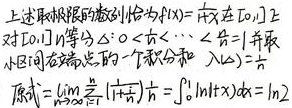
上述求极限的数列恰为\(f(x)=\frac{1}{x}\)在\([1,e]\)上对\([1,e]\) \(n\)等分，\(\Delta:1<\frac{e}{n}<\cdots<\frac{e^{n}}{n}=e\)并取小区间右端点的一个积分和，\(\lambda(\Delta)=\frac{e - 1}{n}\)。
原式\(=\lim_{n\rightarrow\infty}\sum_{i = 1}^{n}\frac{1}{1+\frac{i(e - 1)}{n}}\cdot\frac{e - 1}{n}=\int_{1}^{e}\frac{1}{x}dx=\ln e = 1\)
（注：原内容最后结果\(\ln2\)有误，\(\int_{1}^{e}\frac{1}{x}dx=\ln x\big|_{1}^{e}=\ln e - \ln 1 = 1\) ）